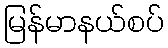
မြန်မာနယ်စပ်